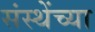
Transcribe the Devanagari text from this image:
संस्थेंच्या